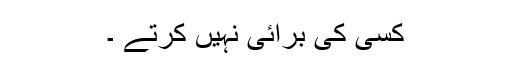
کسی کی برائی نہیں کرتے ۔